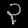
Digit: ၃